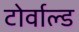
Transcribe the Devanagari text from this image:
टोर्वाल्ड